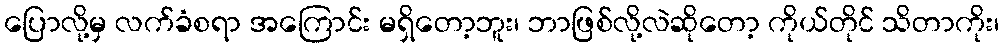
ပြောလို့မှ လက်ခံစရာ အကြောင်း မရှိတော့ဘူး၊ ဘာဖြစ်လို့လဲဆိုတော့ ကိုယ်တိုင် သိတာကိုး၊